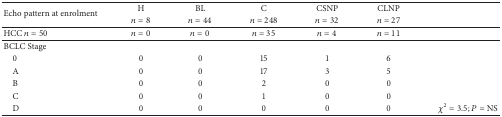
| <ROWSPAN=2> Echo pattern at enrolment | H | BL | C | CSNP | CLNP | <ROWSPAN=2>  |
 | n = 8 | n = 44 | n = 248 | n = 32 | n = 27 |
 | --- | --- | --- | --- | --- | --- | --- |
 | HCC n = 50 | n = 0 | n = 0 | n = 35 | n = 4 | n = 11 |  |
 | BCLC Stage | <COLSPAN=6>  |
 | 0 | 0 | 0 | 15 | 1 | 6 | <ROWSPAN=4>  |
 | A | 0 | 0 | 17 | 3 | 5 |
 | B | 0 | 0 | 2 | 0 | 0 |
 | C | 0 | 0 | 1 | 0 | 0 |
 | D | 0 | 0 | 0 | 0 | 0 | χ2 = 3.5; P = NS |